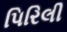
પિરિલી